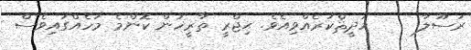
ރަސޫލާ     ހަދީޘްކުރެއްވިއެވެ. ޙިޖްރީ ތާރީޚުން ކޮންމެ މަހެއްގައިވެސް